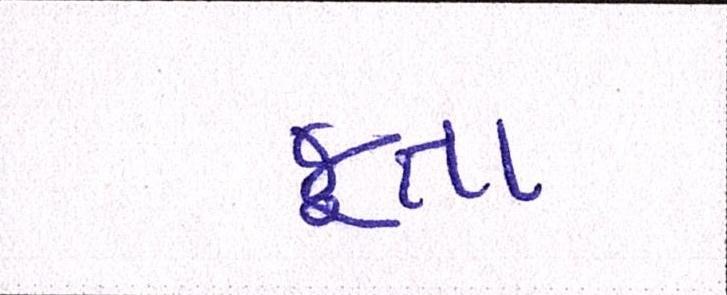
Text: જૂતા